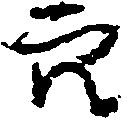
穴